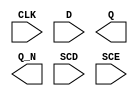
/**
 * Copyright 2020 The SkyWater PDK Authors
 *
 * Licensed under the Apache License, Version 2.0 (the "License");
 * you may not use this file except in compliance with the License.
 * You may obtain a copy of the License at
 *
 *     https://www.apache.org/licenses/LICENSE-2.0
 *
 * Unless required by applicable law or agreed to in writing, software
 * distributed under the License is distributed on an "AS IS" BASIS,
 * WITHOUT WARRANTIES OR CONDITIONS OF ANY KIND, either express or implied.
 * See the License for the specific language governing permissions and
 * limitations under the License.
 *
 * SPDX-License-Identifier: Apache-2.0
 */

`ifndef SKY130_FD_SC_HS__SDFXBP_BLACKBOX_V
`define SKY130_FD_SC_HS__SDFXBP_BLACKBOX_V

/**
 * sdfxbp: Scan delay flop, non-inverted clock, complementary outputs.
 *
 * Verilog stub definition (black box without power pins).
 *
 * WARNING: This file is autogenerated, do not modify directly!
 */

`timescale 1ns / 1ps
`default_nettype none

(* blackbox *)
module sky130_fd_sc_hs__sdfxbp (
    CLK,
    D  ,
    Q  ,
    Q_N,
    SCD,
    SCE
);

    input  CLK;
    input  D  ;
    output Q  ;
    output Q_N;
    input  SCD;
    input  SCE;

    // Voltage supply signals
    supply1 VPWR;
    supply0 VGND;

endmodule

`default_nettype wire
`endif  // SKY130_FD_SC_HS__SDFXBP_BLACKBOX_V